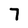
Character: 7